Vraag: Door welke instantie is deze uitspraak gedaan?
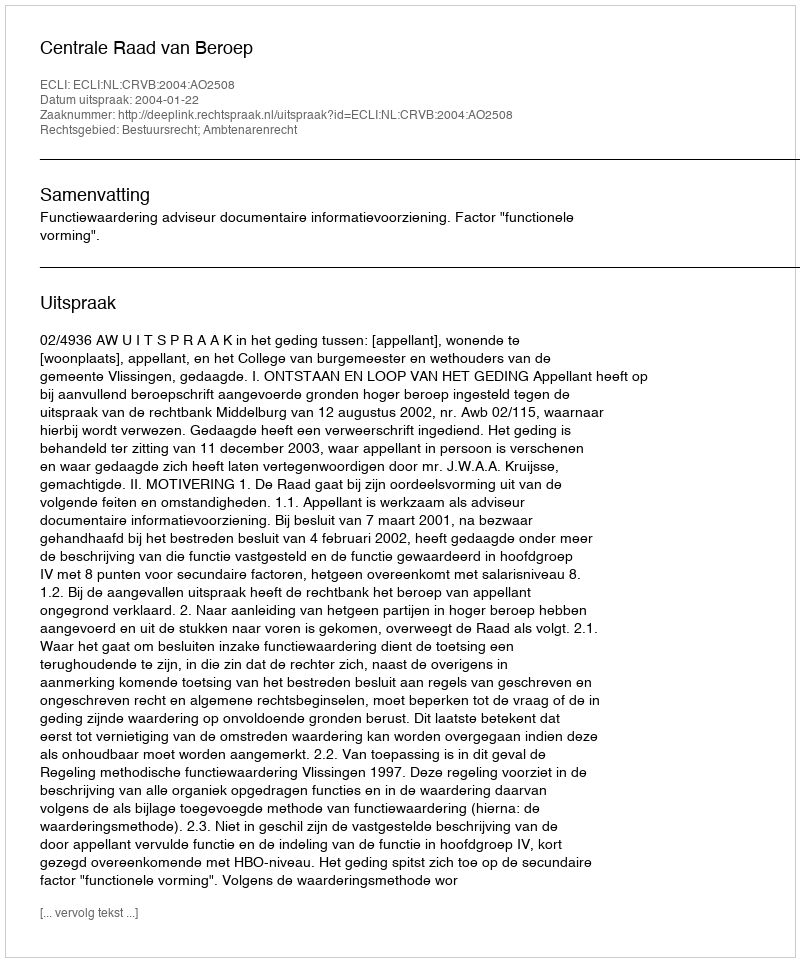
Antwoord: Centrale Raad van Beroep